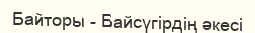
Байторы - Байсүгірдің әкесі